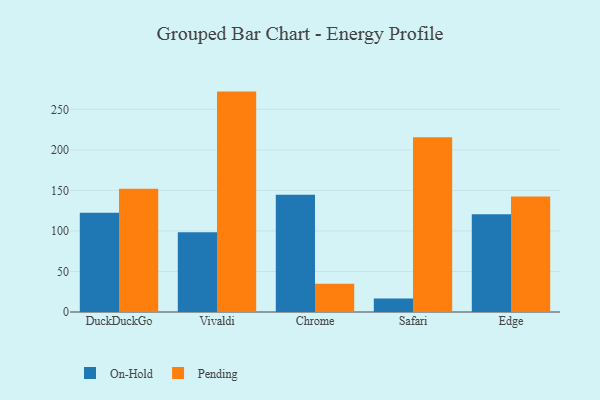
{"axis": {"x": "Browser", "y": "Net Income (USD K)"}, "legend": ["On-Hold", "Pending"], "data": [{"x": "DuckDuckGo", "y": 122.3, "type": "On-Hold"}, {"x": "DuckDuckGo", "y": 152.0, "type": "Pending"}, {"x": "Vivaldi", "y": 98.4, "type": "On-Hold"}, {"x": "Vivaldi", "y": 271.9, "type": "Pending"}, {"x": "Chrome", "y": 144.5, "type": "On-Hold"}, {"x": "Chrome", "y": 34.9, "type": "Pending"}, {"x": "Safari", "y": 16.8, "type": "On-Hold"}, {"x": "Safari", "y": 215.7, "type": "Pending"}, {"x": "Edge", "y": 120.5, "type": "On-Hold"}, {"x": "Edge", "y": 142.5, "type": "Pending"}]}